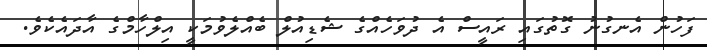
ފަހުން އެނގުނު ގޮތުގައި ރައީސް އެ ދުވަހެއްގެ ޝެޑިއުލް ބެއްލެވުމަކީ އިލްހާމްގެ އާދައެކެވެ.